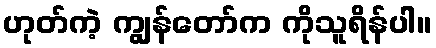
ဟုတ်ကဲ့ ကျွန်တော်က ကိုသူရိန်ပါ။